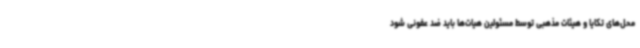
محل‌های تکایا و هیئات مذهبی توسط مسئولین هیات‌ها باید ضد عفونی شود